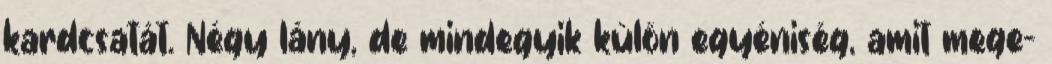
kardcsatát. Négy lány, de mindegyik külön egyéniség, amit mege-